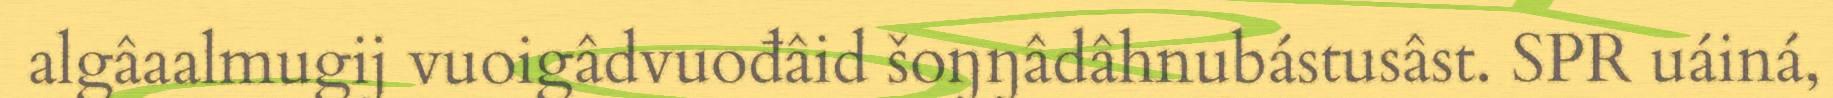
algâaalmugij vuoigâdvuođâid šoŋŋâdâhnubástusâst. SPR uáiná,